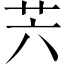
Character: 𦬩